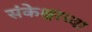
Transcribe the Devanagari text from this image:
संकेश्वरच्या